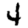
Digit: 4